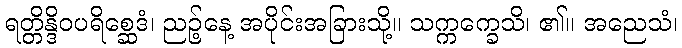
ရတ္တိန္ဒိဝပရိစ္ဆေဒံ၊ ညဉ့်နေ့ အပိုင်းအခြားသို့။ သက္ကက္ခေသိ၊ ၏။ အညေသံ၊